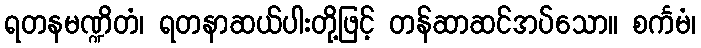
ရတနမဏ္ဍိတံ၊ ရတနာဆယ်ပါးတို့ဖြင့် တန်ဆာဆင်အပ်သော။ စင်္ကမံ၊